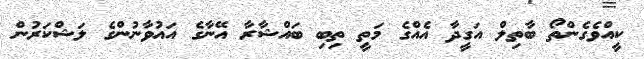
ކީއްވެގެންތޯ ބާތިލް އަގީދާ އެއްގެ މަތީ ތިބި ބައްޝާރާ އޭނާގެ އައުވާނުންގެ ލަޝްކަރުން